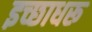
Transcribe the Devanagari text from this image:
इच्छाधरू